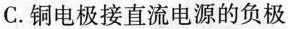
C. 铜电极接直流电源的负极